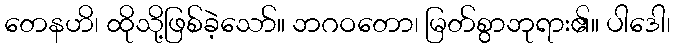
တေနဟိ၊ ထိုသို့ဖြစ်ခဲ့သော်။ ဘဂဝတော၊ မြတ်စွာဘုရား၏။ ပါဒေါ၊